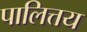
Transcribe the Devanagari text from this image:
पालित्तय